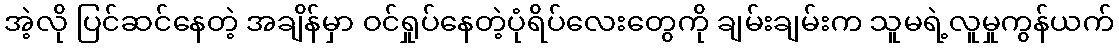
အဲ့လို ပြင်ဆင်နေတဲ့ အချိန်မှာ ဝင်ရှုပ်နေတဲ့ပုံရိပ်လေးတွေကို ချမ်းချမ်းက သူမရဲ့လူမှုကွန်ယက်